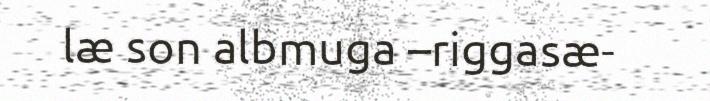
læ son albmuga –riggasæ-